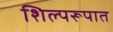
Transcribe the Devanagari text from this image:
शिल्परूपात